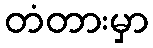
တံတားမှာ